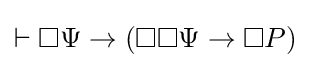
\vdash \Box \Psi \rightarrow (\Box \Box \Psi \rightarrow \Box P)